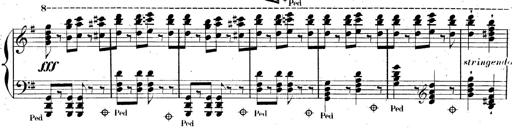
Title: AnnÃ©es de pÃ¨lerinage II, SupplÃ©ment
Composer: Franz Liszt